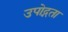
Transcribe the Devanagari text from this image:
उपोद्गता